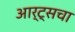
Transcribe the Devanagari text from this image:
आर्ट्सचा